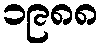
၁၉၈၈